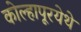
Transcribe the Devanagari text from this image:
कोल्हापूरयेथे